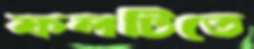
ফলটিতে